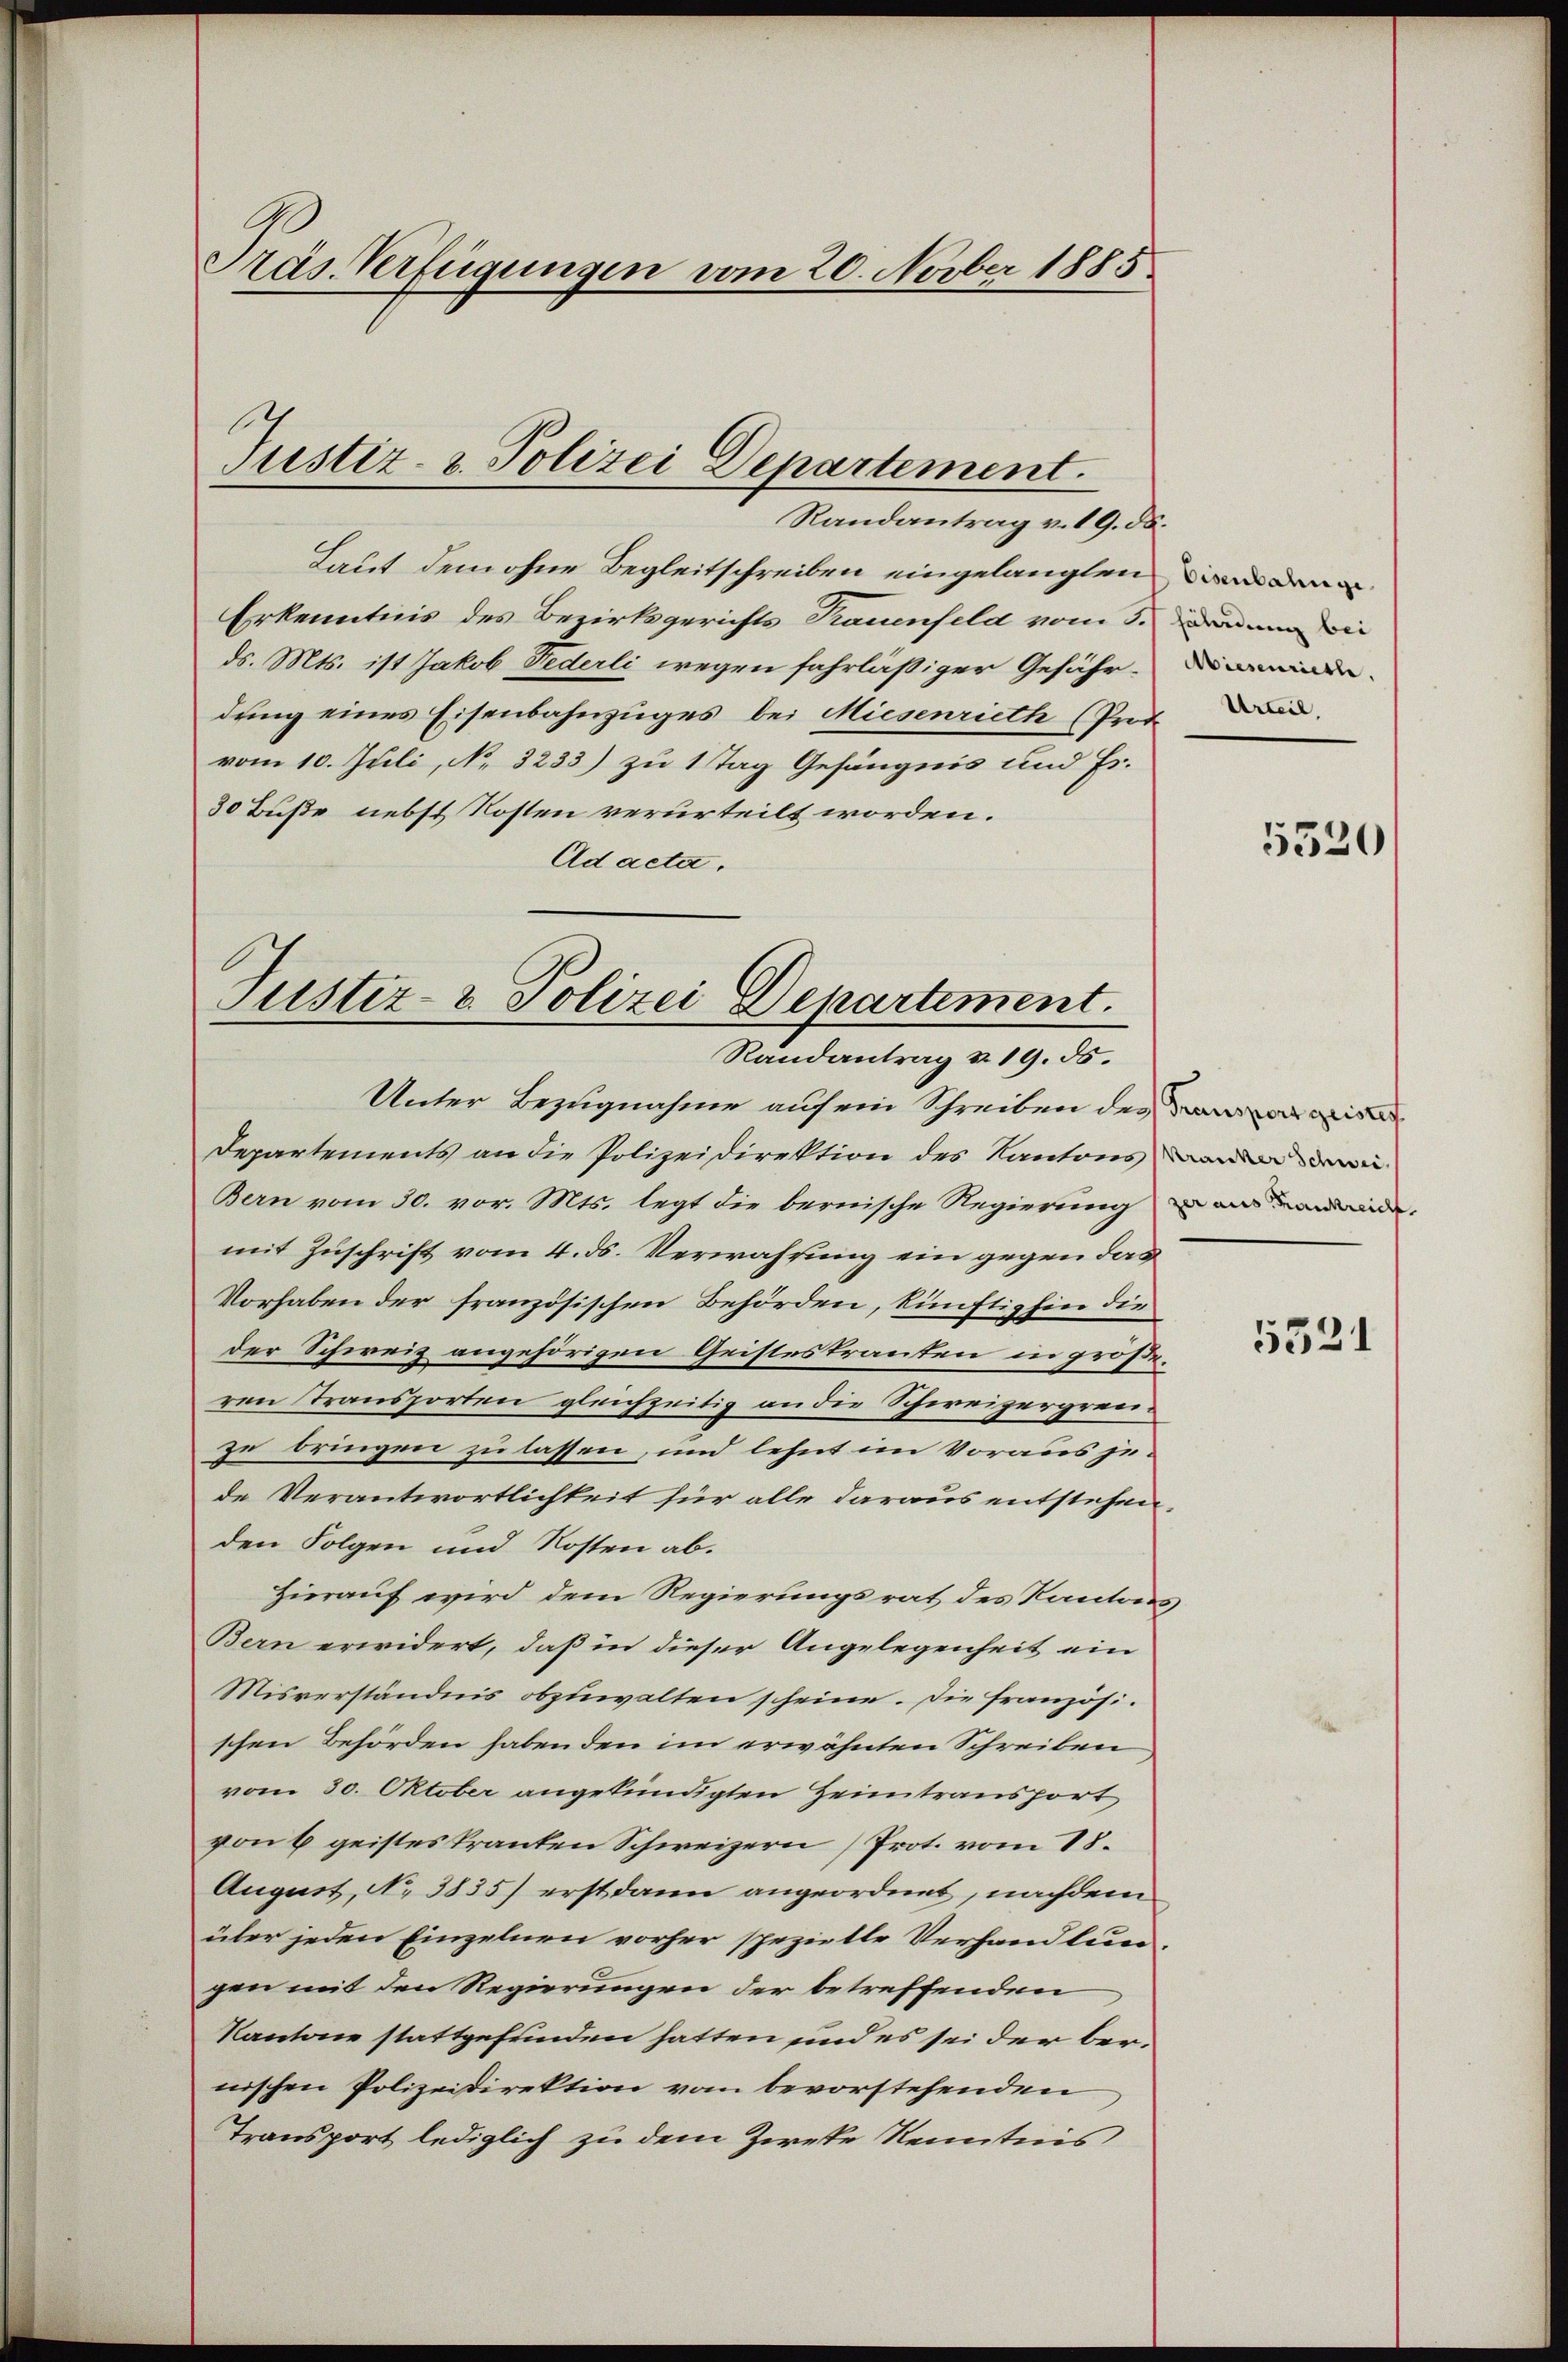
Präs. Verfügungen vom 20. Novber 1885

Justiz- & Polizei Departement.
Randantrag v. 19. ds.

Laut dem ohne Begleitschreiben eingelangten
Erkenntnis des Bezirksgerichts Trauenfeld vom 5. Denn die
ds. Mts. ist Jakob Federli wegen fahrläßiger Gefährdung eines Eisenbahnzuges bei Miesenrieth Prof.
vom 10. Juli, No. 3233) zu 1 Tag Gefängnis und Fr.
30 Buße, nebst Kosten verurteilt worden.
Ad acta.

Justiz- & Polizei Departement.
Randantrag u. 19. 55.
Unter Bezugnahme auf ein Schreiben des ni

Miesenriest.

Departements an die Polizeidirektion des Kantons
Bern vom 30. vor. Mts. legt die bernische Regierung de
mit Zuschrift vom 4. ds. Verwahrung ein gegen das
Vorhaben der französischen Behörden, künftighin die
der Schweiz angehörigen Geistes tranten in größeren Transporten gleichzeitig an die Schweizergreizu bringen zu lassen, und lehnt im Voraus jede Verantwortlichkeit für alle daraus entstehen.
den Folgen und Kosten ab.
Hierauf wird dem Regierungsrat des Kantons
Bern erwidert, daß in dieser Angelegenheit ein
Misverständnis abzuwalten scheine. Die französischen Behörden haben den im erwähnten Schreiben
vom 30. Oktober angekündigten Heimtransport
von 6 geistes Tranten Schweizern Prot. vom 18.
August, No 3835) erst dann angeordnet, nachdem
über jeden Einzelnen vorher spezielle Verhandlungen mit den Regierungen der betreffenden
Kantone stattgefunden hatten und es sei der bernischen Polizeidirektion vom bevorstehenden
Transport lediglich zu dem Zirke Kenntnis

5520/

5321